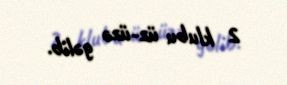
2 klubu üz-üzə gəlib.